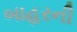
બાહરની